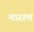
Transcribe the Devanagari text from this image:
माराच